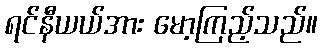
ရင်နီယယ်အား မော့ကြည့်သည်။